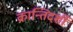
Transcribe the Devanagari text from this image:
क्रान्तिदर्शी